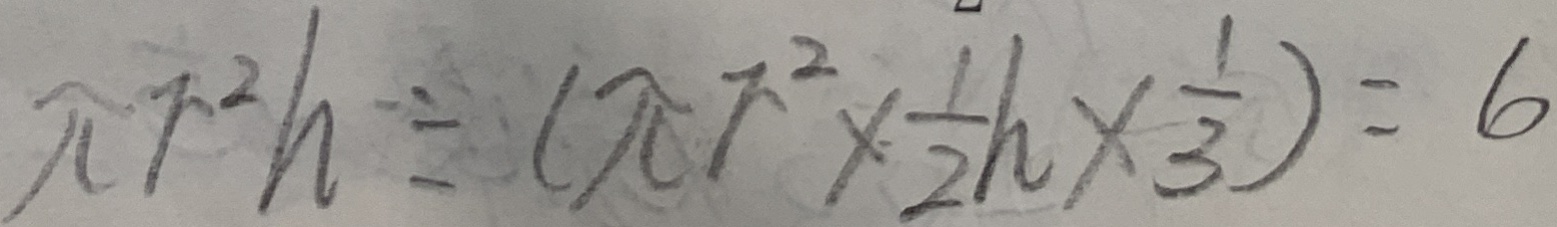
\pi r ^ { 2 } h \div ( \pi r ^ { 2 } \times \frac { 1 } { 2 } h \times \frac { 1 } { 3 } ) = 6